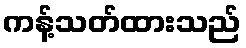
ကန့်သတ်ထားသည်